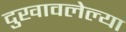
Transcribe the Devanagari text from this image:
दुखावलेल्या